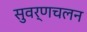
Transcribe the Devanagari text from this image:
सुवर्णचलन